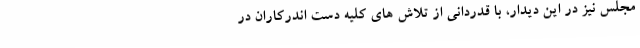
مجلس نیز در این دیدار، با قدردانی از تلاش های کلیه دست اندرکاران در